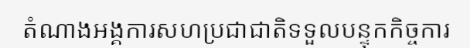
តំណាងអង្គការសហប្រជាជាតិទទួលបន្ទុកកិច្ចការ